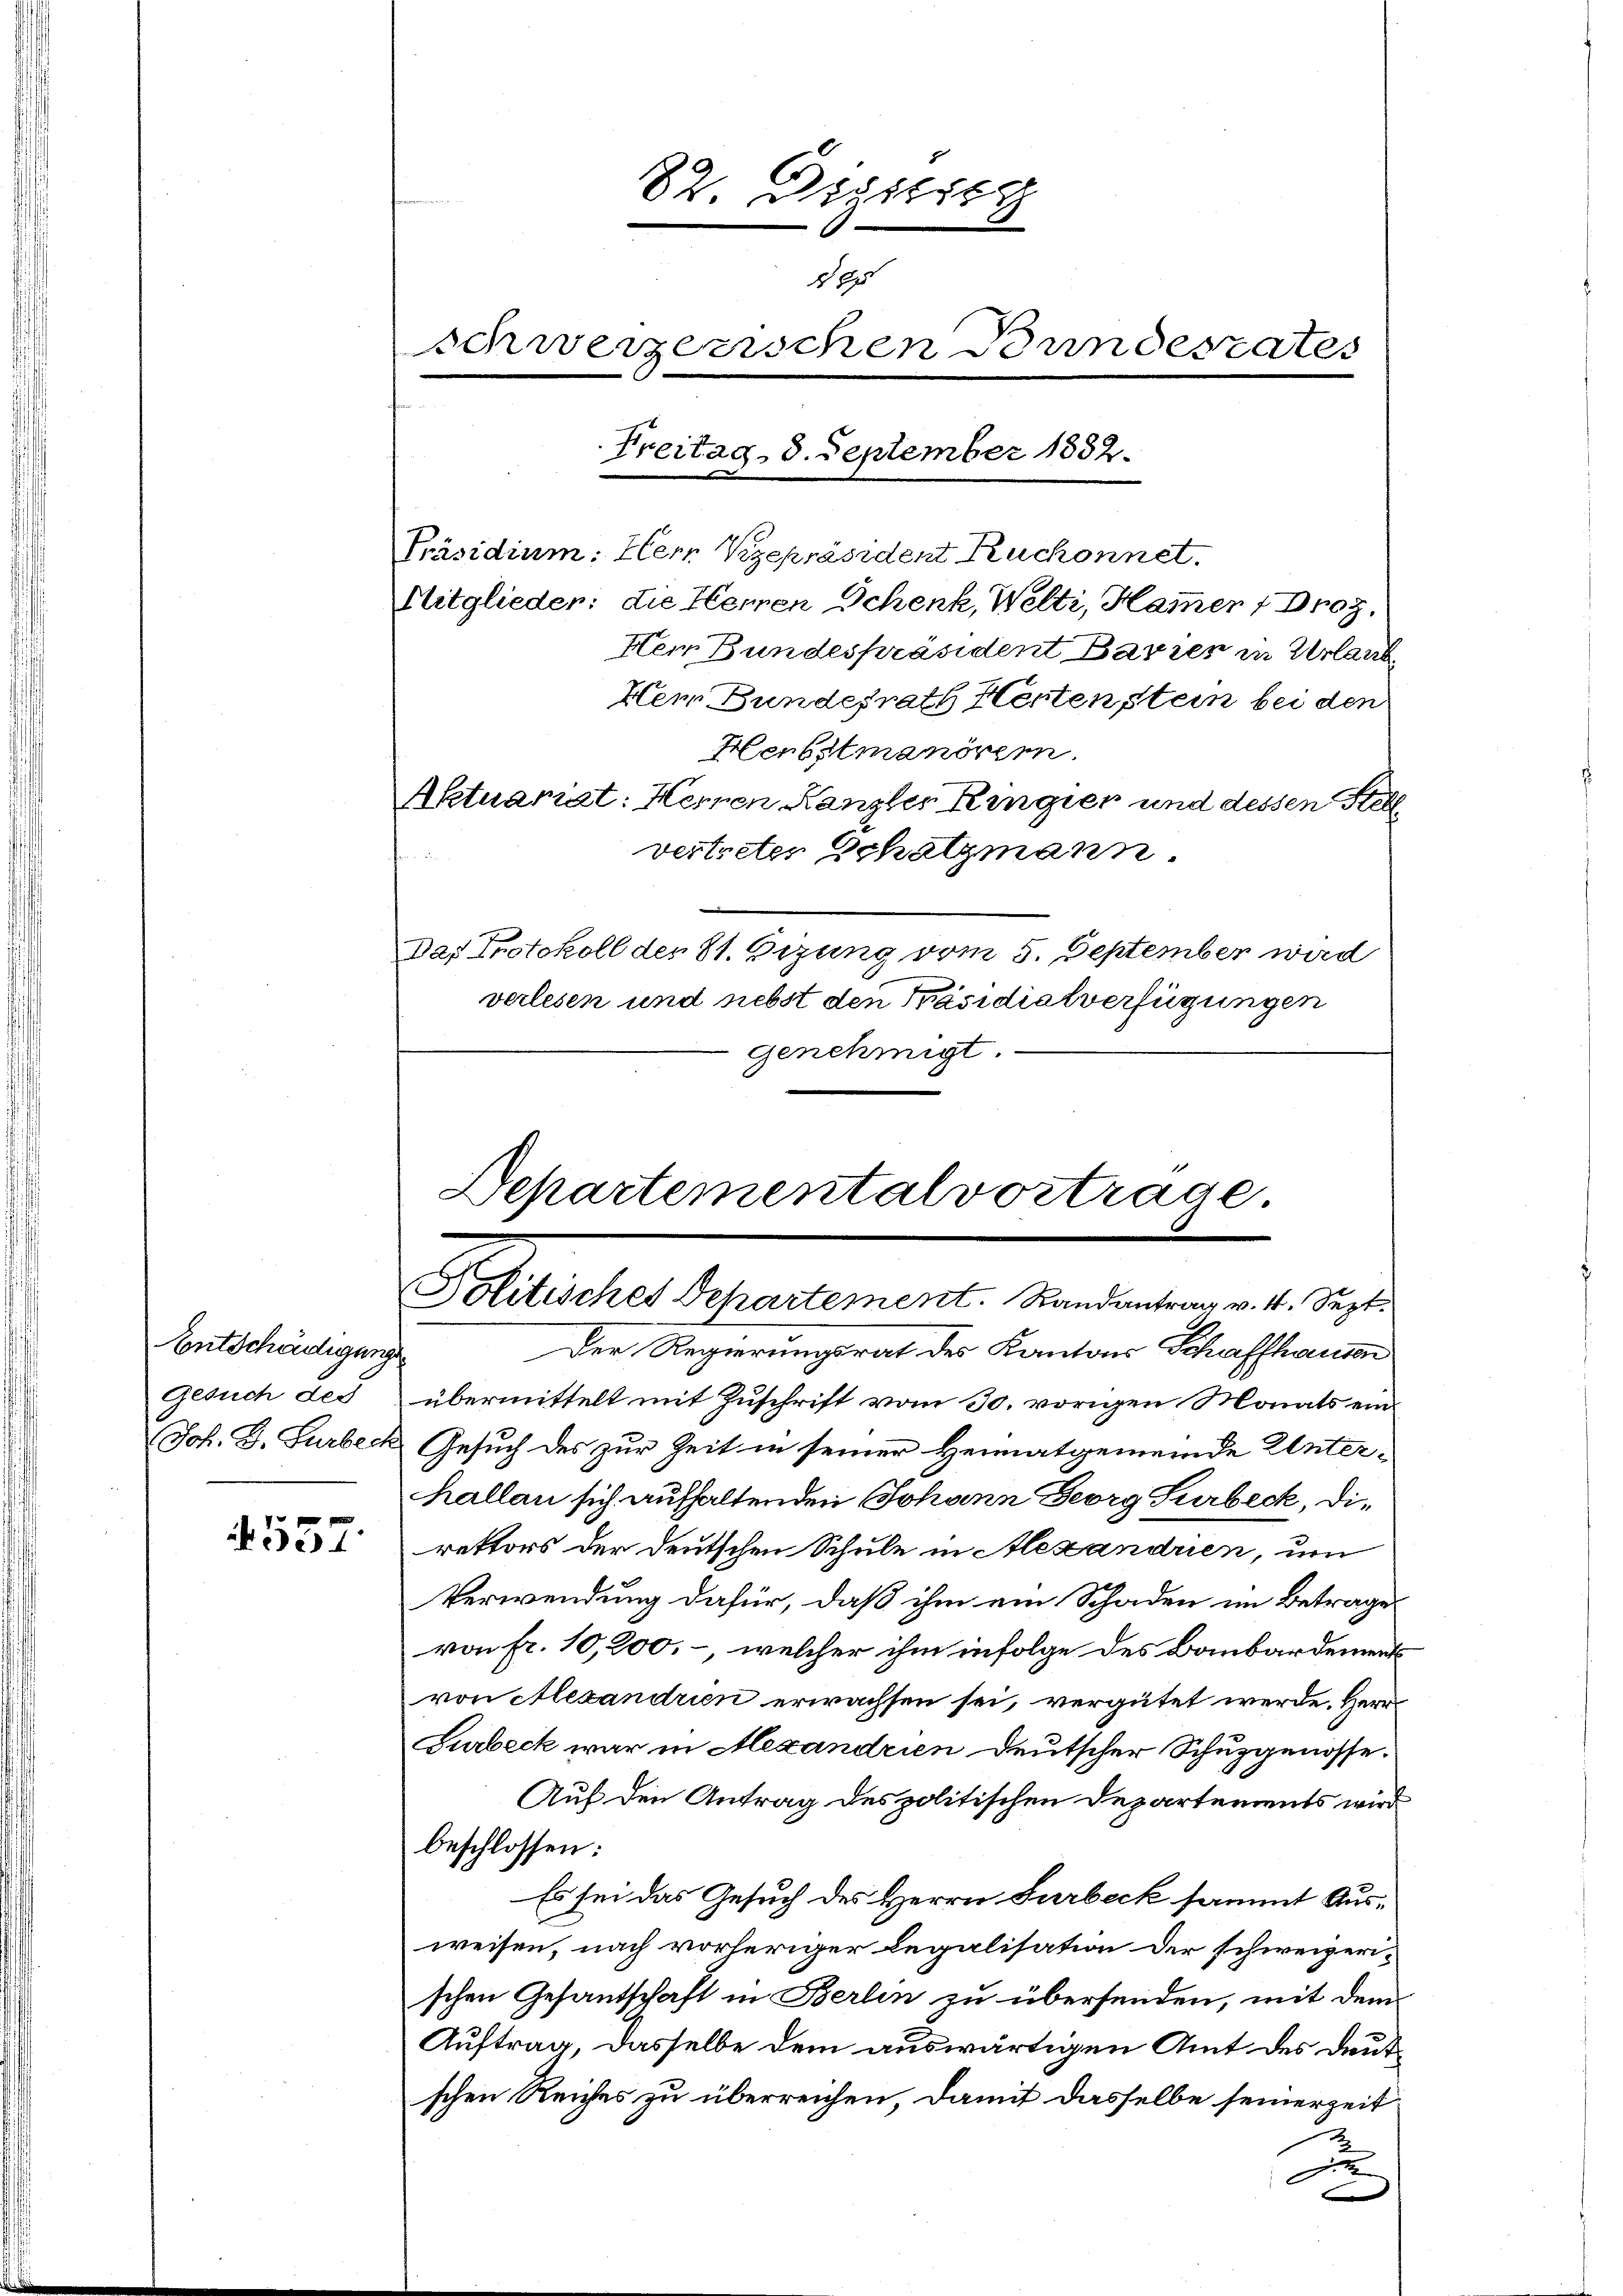
Entschädigungen
Gesuch des

557.

Präsidium: Hern Kzepräsident Ruchonnet
Mitglieder: die Herren Schenk, Welti, Hammer 7 Droz.
Neir Bundespräsident Barrer in Urlaub
Hem Bundesrath Herten stein bei den
Herbstmanövern
Aktuariat: Hernen Kanzler Ringien und dessen Stell
vertretes Schatzmann.
Das Protokoll des St. Gizung vom 5. September wird
verlesen und nebst den Präsidialverfügungen
genehmigt.

82. Digitier
5
schweizerischen Bundesrates
Freitag 8. September 1882.

Departementalvortrage
Politisches Departement. Randantrag v. 4. Sept.

Der Regierungsrat des Kantons Schaffhausen
übermittelt mit Zuschrift vom 30. vorigen Monats ein¬
Joh. D. Turbeck Gesuch des zur Zeit in seiner Heimatgemeinde Unterhallen sich aufhaltenden Johann Georg Surbeck, Direktors der deutschen Schule in Alexandren, um
Verwendung dafür, daß ihm ein Schaden im Betrage
von fr. 10,200, -, welcher ihm infolge des Baubardements
von Alexandrien erwachsen sei, vergütet werde. Herr
Surbeck war in Mexandrien deutscher Schuzgenosse.
Auf den Antrag des politischen Departements wird
beschlossen:
Es sei das Gesuch des Herrn Surbeck sammt Ausweisen, nach vorheriger Legalisation der schweizerischen Gesantschaft in Berlin zu übersenden, mit dem
Auftrag, dasselbe dem auswärtigen Amt des Deutschen Reiches zu überreichen, damit dasselbe seinerzeit
F